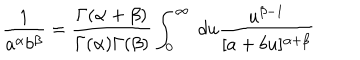
\frac { 1 } { a ^ { \alpha } b ^ { \beta } } = \frac { \Gamma ( \alpha + \beta ) } { \Gamma ( \alpha ) \Gamma ( \beta ) } \int _ { 0 } ^ { \infty } \ d u \frac { u ^ { \beta - 1 } } { [ a + b u ] ^ { \alpha + \beta } }